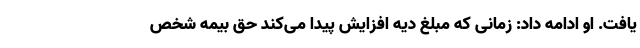
یافت. او ادامه داد: زمانی که مبلغ دیه افزایش پیدا می‌کند حق بیمه شخص